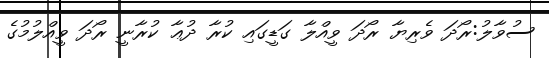
ސުވާލު:ރޯދަ ވެރިޔާ ރޯދަ ވީއްލާ ގަޑީގައި ކުރާ ދުޢާ ކުރާނީ ރޯދަ ވީއްލުމުގެ